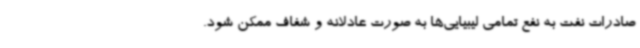
صادرات نفت به نفع تمامی لیبیایی‌ها به صورت عادلانه و شفاف ممکن شود.